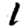
Digit: 1